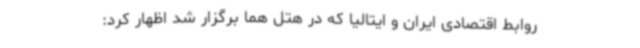
روابط اقتصادی ایران و ایتالیا که در هتل هما برگزار شد اظهار کرد: